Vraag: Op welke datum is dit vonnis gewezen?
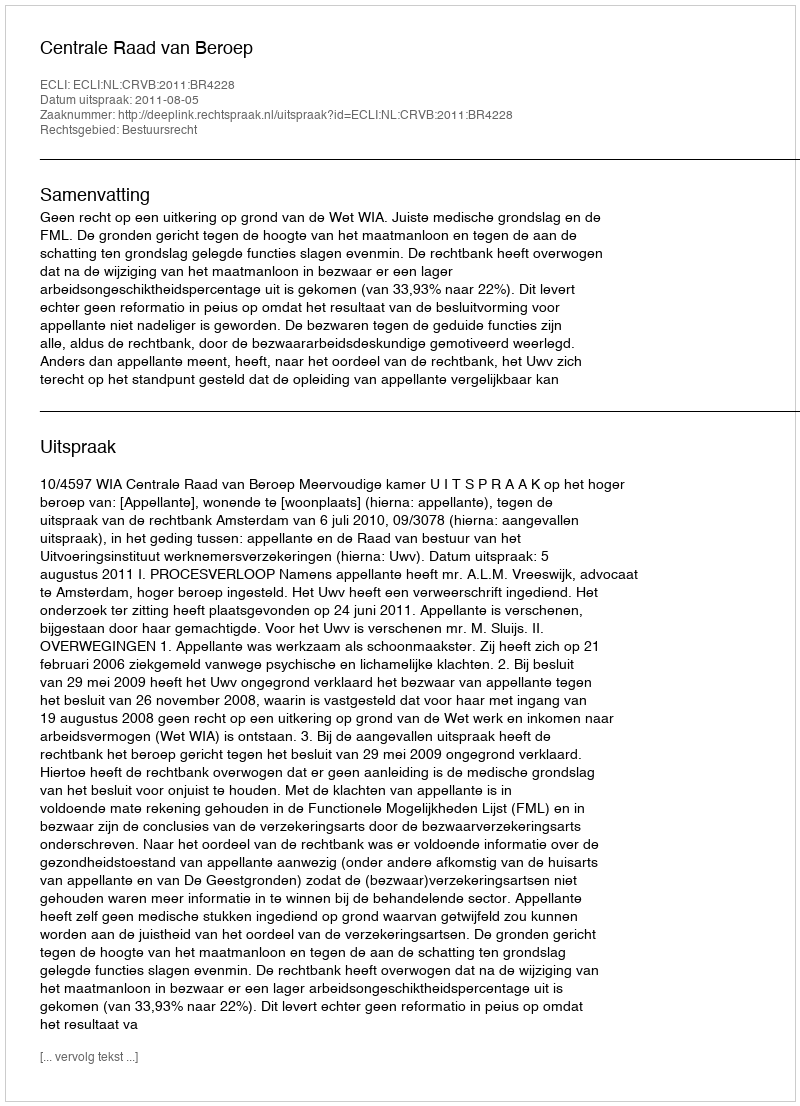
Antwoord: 2011-08-05